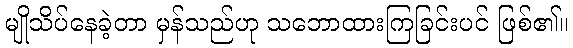
မျိုသိပ်နေခဲ့တာ မှန်သည်ဟု သဘောထားကြခြင်းပင် ဖြစ်၏။